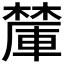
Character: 𪳽